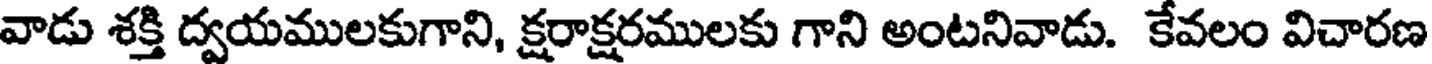
వాడు శక్తి ద్వయములకుగాని, క్షరాక్షరములకు గాని అంటనివాడు. కేవలం విచారణ